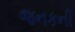
જનકની